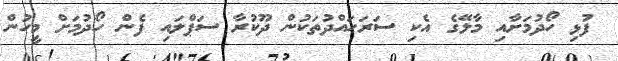
ފުޅި ހޯދުމަށާއި މާލޭގެ އެކި ސަރަހައްދުތަކުން ދޫކުރާ ސަޕްލައި ފެން ހޯދުމަށް މީހުން